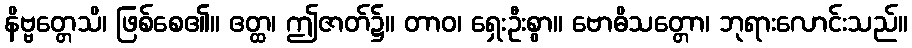
နိဗ္ဗတ္တေသိ၊ ဖြစ်စေ၏။ ဧတ္ထ၊ ဤဇာတ်၌။ တာဝ၊ ရှေးဦးစွာ။ ဗောဓိသတ္တော၊ ဘုရားလောင်းသည်။